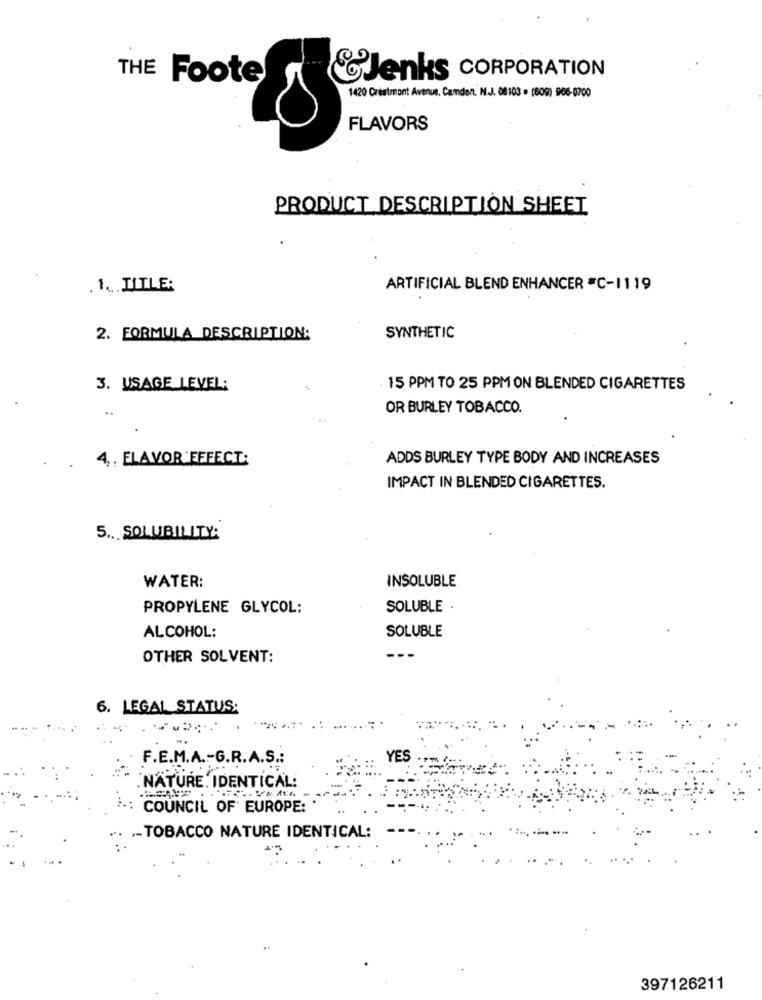
THE Foote
C'Jenks CORPORATION
1420 Crestmont Avenue, Camden, N.J. 08103 . (609) 906-0700
FLAVORS
PRODUCT DESCRIPTION SHEET
. 1. TITLE:
ARTIFICIAL BLEND ENHANCER =C-1119
2. FORMULA DESCRIPTION:
SYNTHETIC
3. USAGE LEVEL:
15 PPM TO 25 PPM ON BLENDED CIGARETTES
OR BURLEY TOBACCO.
4 ,, ELAVOR EFFECT:
ADDS BURLEY TYPE BODY AND INCREASES
IMPACT IN BLENDED CIGARETTES.
5. SOLUBILITY:
WATER:
INSOLUBLE
PROPYLENE GLYCOL:
SOLUBLE .
SOLUBLE
ALCOHOL:
OTHER SOLVENT:
---
6. LEGAL STATUS:
.:
F.E.M.A .- G.R.A.S .:
YES
.NATURE. IDENTICAL:
COUNCIL OF EUROPE:
.- TOBACCO NATURE IDENTICAL:
397126211